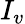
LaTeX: I_{v}